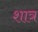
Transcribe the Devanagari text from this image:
शात्र